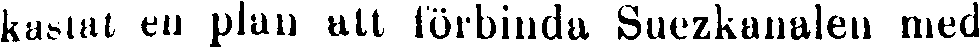
kastat en plan att förbinda Suezkanalen med